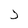
Character: J